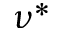
\nu ^ { * }